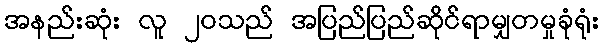
အနည်းဆုံး လူ ၂၀သည် အပြည်ပြည်ဆိုင်ရာမျှတမှုခုံရုံး